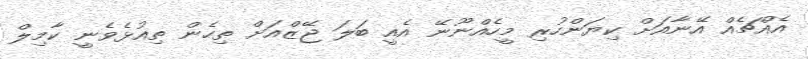
އެއްޗެއް އޭނާއަށް ކިޔަންހުރި މީހެއްނޫނޭ އެއީ ބަލަ ޖޭޒްއަށް ތިހެން ތިއުޅެވެނީ ކާމިލް